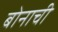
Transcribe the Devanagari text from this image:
बोनाची